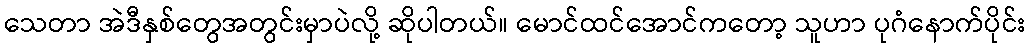
သေတာ အဲဒီနှစ်တွေအတွင်းမှာပဲလို့ ဆိုပါတယ်။ မောင်ထင်အောင်ကတော့ သူဟာ ပုဂံနောက်ပိုင်း